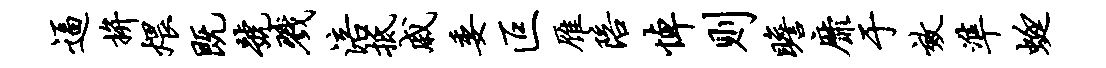
逼拚煨既号戮涪抵戚委叵雁陪悼则瞻靡于效准蜓